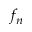
f _ { n }